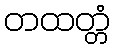
တထတ္တံ